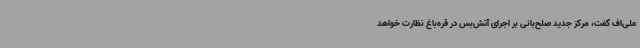
علی‌اف گفت، مرکز جدید صلح‌بانی بر اجرای آتش‌بس در قره‌باغ نظارت خواهد